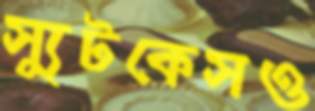
স্যুটকেসও